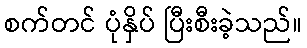
စက်တင် ပုံနှိပ် ပြီးစီးခဲ့သည်။